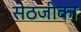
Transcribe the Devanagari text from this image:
सेठजीका